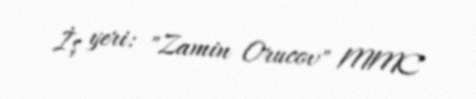
İş yeri: "Zamin Orucov" MMC